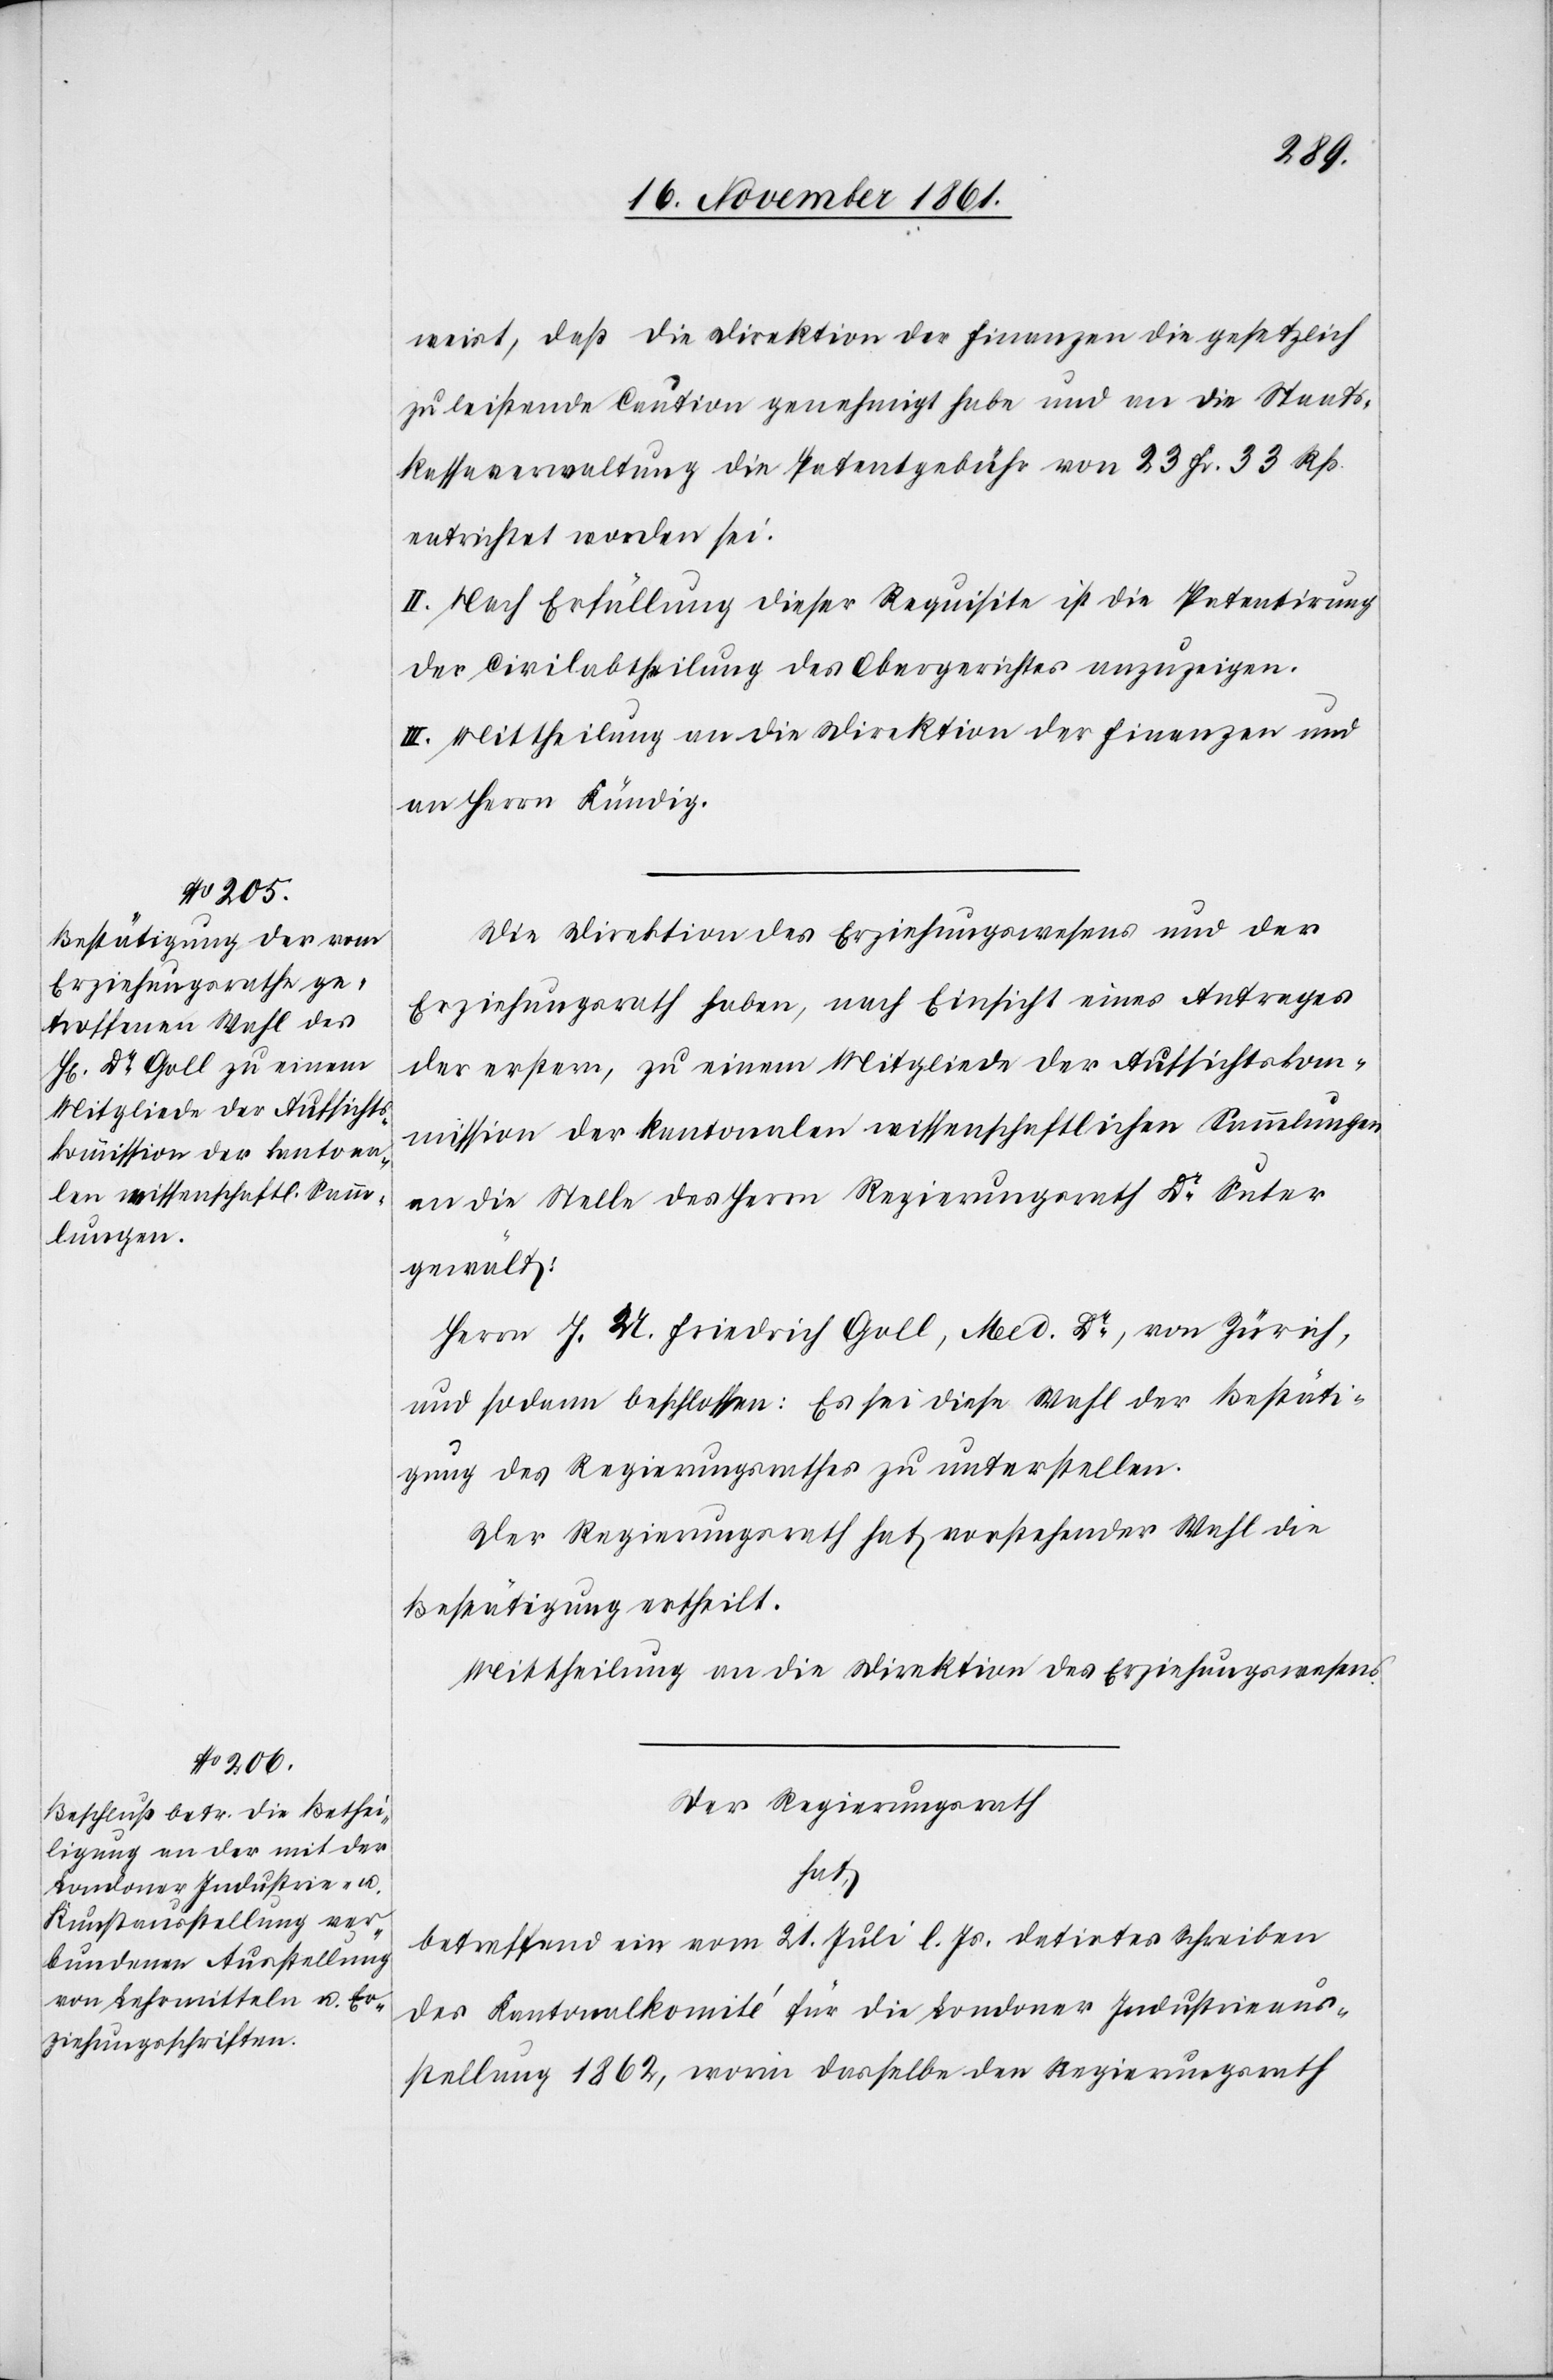
weist, daß die Direktion der Finanzen die gesetzlich
zu leistende Caution genehmigt habe und an die Staats¬
kassaverwaltung die Patentgebühr von 23 Fr. 33 Rp.
entrichtet worden sei.
II. Nach Erfüllung dieser Requisite ist die Patentirung
der Civilabtheilung des Obergerichtes anzuzeigen.
III. Mittheilung an die Direktion der Finanzen und
an Herrn Kündig.
Die Direktion des Erziehungswesens und der
Erziehungsrath haben, nach Einsicht eines Antrages
der erstern, zu einem Mitgliede der Aufsichtskom¬
mission der kantonalen wissenschaftlichen Sammlungen
an die Stelle des Herrn Regierungsrath Dr Suter
gewählt:
Herrn J. U. Friedrich Goll, Med. Dr, von Zürich,
und sodann beschlossen: Es sei diese Wahl der Bestäti¬
gung des Regierungsrathes zu unterstellen.
Der Regierungsrath hat vorstehender Wahl die
Bestätigung ertheilt.
Mittheilung an die Direktion des Erziehungswesens.
Der Regierungsrath
hat,
betreffend ein vom 21 Juli l Js. datirtes Schreiben
des Kantonalkomité für die Londoner Industrieaus¬
stellung 1862, worin dasselbe den Regierungsrath